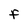
Character: F